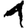
Digit: 1